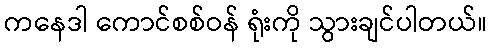
ကနေဒါ ကောင်စစ်ဝန် ရုံးကို သွားချင်ပါတယ်။